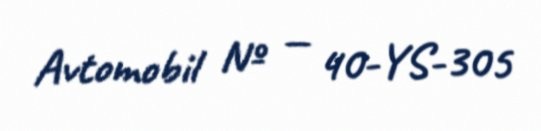
Avtomobil № — 40-YS-305